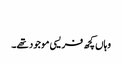
‏
وہاں کچھ فریسی موجود تھے۔